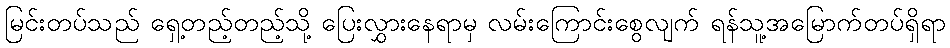
မြင်းတပ်သည် ရှေ့တည့်တည့်သို့ ပြေးလွှားနေရာမှ လမ်းကြောင်းစွေလျက် ရန်သူ့အမြောက်တပ်ရှိရာ